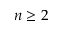
n \ge 2